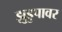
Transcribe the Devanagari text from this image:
झुडुपावर